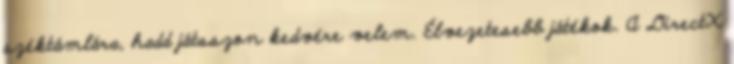
széktámlára, hadd játsszon kedvére velem. Élvezetesebb játékok. A DirectX